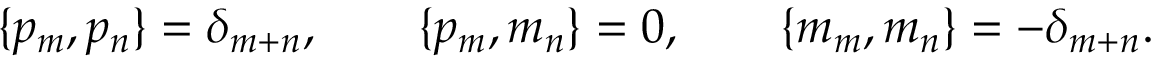
\{ p _ { m } , p _ { n } \} = \delta _ { m + n } , \qquad \{ p _ { m } , m _ { n } \} = 0 , \qquad \{ m _ { m } , m _ { n } \} = - \delta _ { m + n } .